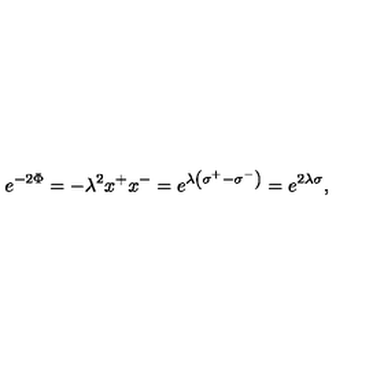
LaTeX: e ^ { - 2 \Phi } = - \lambda ^ { 2 } x ^ { + } x ^ { - } = e ^ { \lambda \left( \sigma ^ { + } - \sigma ^ { - } \right) } = e ^ { 2 \lambda \sigma } ,